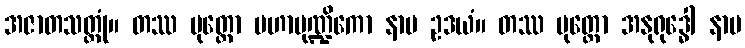
အဇာတသတ္တုံ။ တဿ ပုတ္တော မဟာမုဏ္ဍိကော နာမ ဥဒယံ။ တဿ ပုတ္တော အနုရုဒ္ဓေါ နာမ